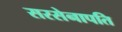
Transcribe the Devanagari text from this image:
सरसेनापति